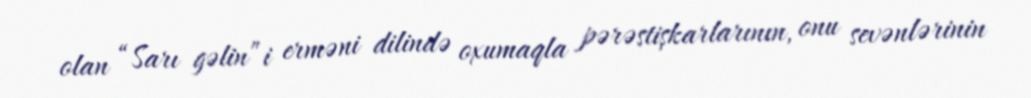
olan “Sarı gəlin”i erməni dilində oxumaqla pərəstişkarlarının, onu sevənlərinin